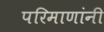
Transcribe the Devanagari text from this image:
परिमाणांनी